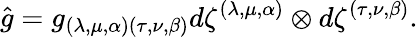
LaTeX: \hat{g}=g_{(\lambda,\mu,\alpha)(\tau,\nu,\beta)}d\zeta^{(\lambda,\mu,\alpha)}\otimes d\zeta^{(\tau,\nu,\beta)}.